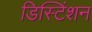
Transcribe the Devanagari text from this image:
डिस्टिंशन